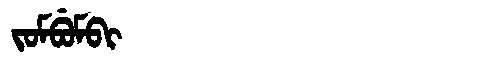
Manchu: ᠵᠣᠮᠪᡠᠮᠪᡳ
Romanization: JOMBUMBI